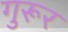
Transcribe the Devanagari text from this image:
गुरूर